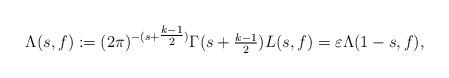
LaTeX: \begin{align*} \Lambda(s,f) := (2\pi)^{-(s + \tfrac{k-1}{2})} \Gamma(s + \tfrac{k-1}{2}) L(s,f) = \varepsilon \Lambda(1-s, f),\end{align*}